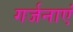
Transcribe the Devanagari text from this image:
गर्जनाएं